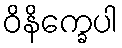
ဝိနိက္ခေပါ